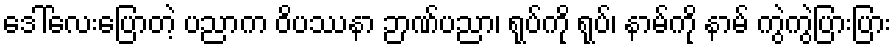
ဒေါ်လေးပြောတဲ့ ပညာက ဝိပဿနာ ဉာဏ်ပညာ၊ ရုပ်ကို ရုပ်၊ နာမ်ကို နာမ် ကွဲကွဲပြားပြား